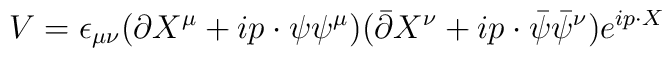
V= \epsilon_{\mu \nu} (\partial X^{\mu} + ip \cdot \psi \psi^{\mu})(\bar{\partial} X^{\nu} + ip \cdot \bar{\psi} \bar{\psi}^{\nu}) e^{ip  \cdot X}